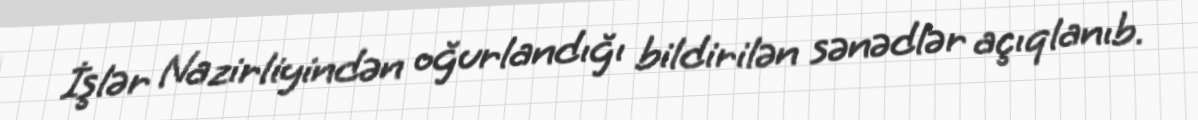
İşlər Nazirliyindən oğurlandığı bildirilən sənədlər açıqlanıb.